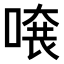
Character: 𠺂